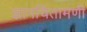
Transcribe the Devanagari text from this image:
ज्ञानचिंतामणी